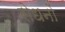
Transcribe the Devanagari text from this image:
रोधनों